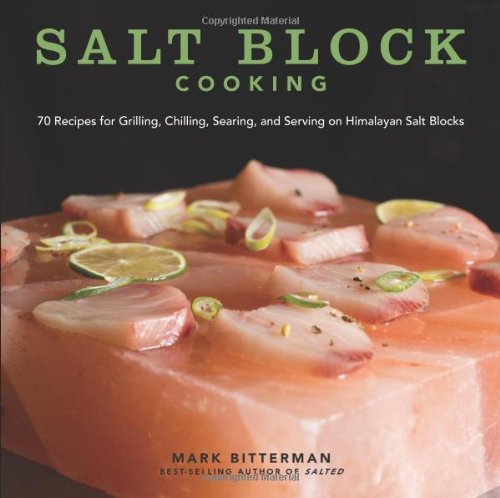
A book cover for Salt Block Cooking: 70 Recipes for Grilling, Chilling, Searing, and Serving on Himalayan Salt Blocks; Mark Bitterman; Cookbooks, Food & Wine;